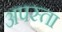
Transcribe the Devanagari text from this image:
अपस्ता